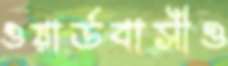
ওয়ার্ডবাসীও